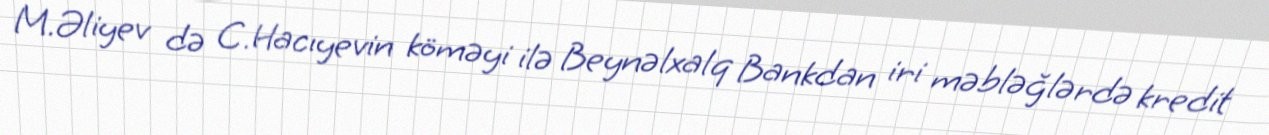
M.Əliyev də C.Hacıyevin köməyi ilə Beynəlxalq Bankdan iri məbləğlərdə kredit